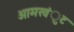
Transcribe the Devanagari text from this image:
आमखंुट